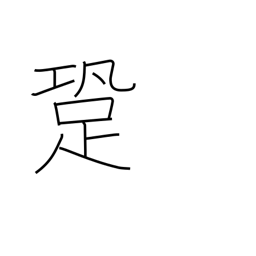
Meaning: sound of footsteps